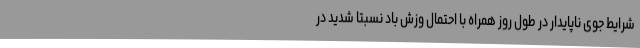
شرایط جوی ناپایدار در طول روز همراه با احتمال وزش باد نسبتا شدید در